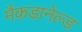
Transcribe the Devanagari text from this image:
मैकडानेल्ड